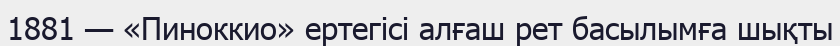
1881 — «Пиноккио» ертегісі алғаш рет басылымға шықты